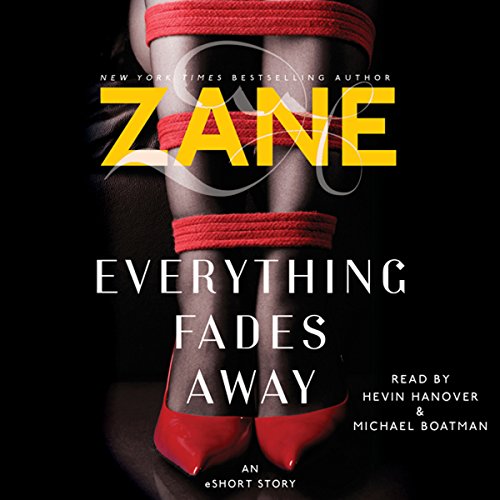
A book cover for Zane's Everything Fades Away: An eShort Story;  Zane; Romance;